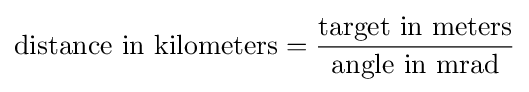
{\text{distance in kilometers}}={\frac {\text{target in meters}}{\text{angle in mrad}}}